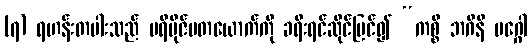
(၇) ရဟန်းတပါးသည် ပရိဗိုဇ်မတယောက်ကို ခရီးရင်ဆိုင်မြင်၍ “ကစ္စိ ဘဂိနိ မဂ္ဂေါ